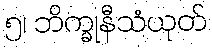
၅၊ ဘိက္ခုနီသံယုတ်